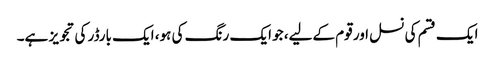
ایک قسم کی نسل اور قوم کےلیے، جو ایک رنگ کی ہو، ایک بارڈر کی تجویز ہے۔